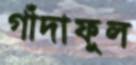
গাঁদাফুল